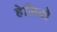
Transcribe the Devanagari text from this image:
हेलियो